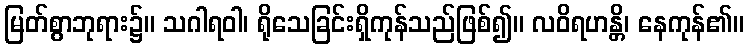
မြတ်စွာဘုရား၌။ သဂါရဝါ၊ ရိုသေခြင်းရှိကုန်သည်ဖြစ်၍။ လဝိရဟန္တိ၊ နေကုန်၏။